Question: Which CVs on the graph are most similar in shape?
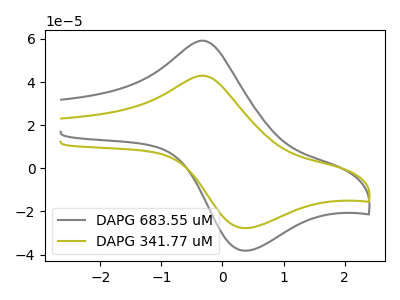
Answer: <think>The gray curve "DAPG 683.55 uM" has an anodic peak at (-0.35V, 59.15uA) and a cathodic peak at (0.35V, -38.15uA). The olive curve "DAPG 341.77 uM" has an anodic peak at (-0.35V, 42.90uA) and a cathodic peak at (0.35V, -27.70uA).
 All the peaks in "DAPG 683.55 uM" have a peak in "DAPG 341.77 uM" at the same potential. Every peak in "DAPG 683.55 uM" is higher than every peak in "DAPG 341.77 uM".</think>
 <answer>"DAPG 341.77 uM" and "DAPG 683.55 uM" have the same shape and are likely CV's of the same chemical.</answer>
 <eval>"DAPG 341.77 uM" "DAPG 683.55 uM"</eval>